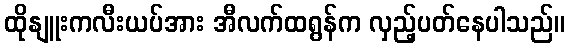
ထိုနျူးကလီးယပ်အား အီလက်ထရွန်က လှည့်ပတ်နေပါသည်။